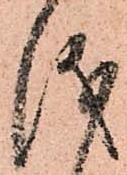
儀